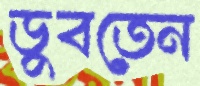
ডুবতেন